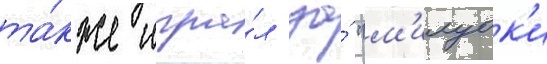
та́кже игра́л за́ "м'илуок'и